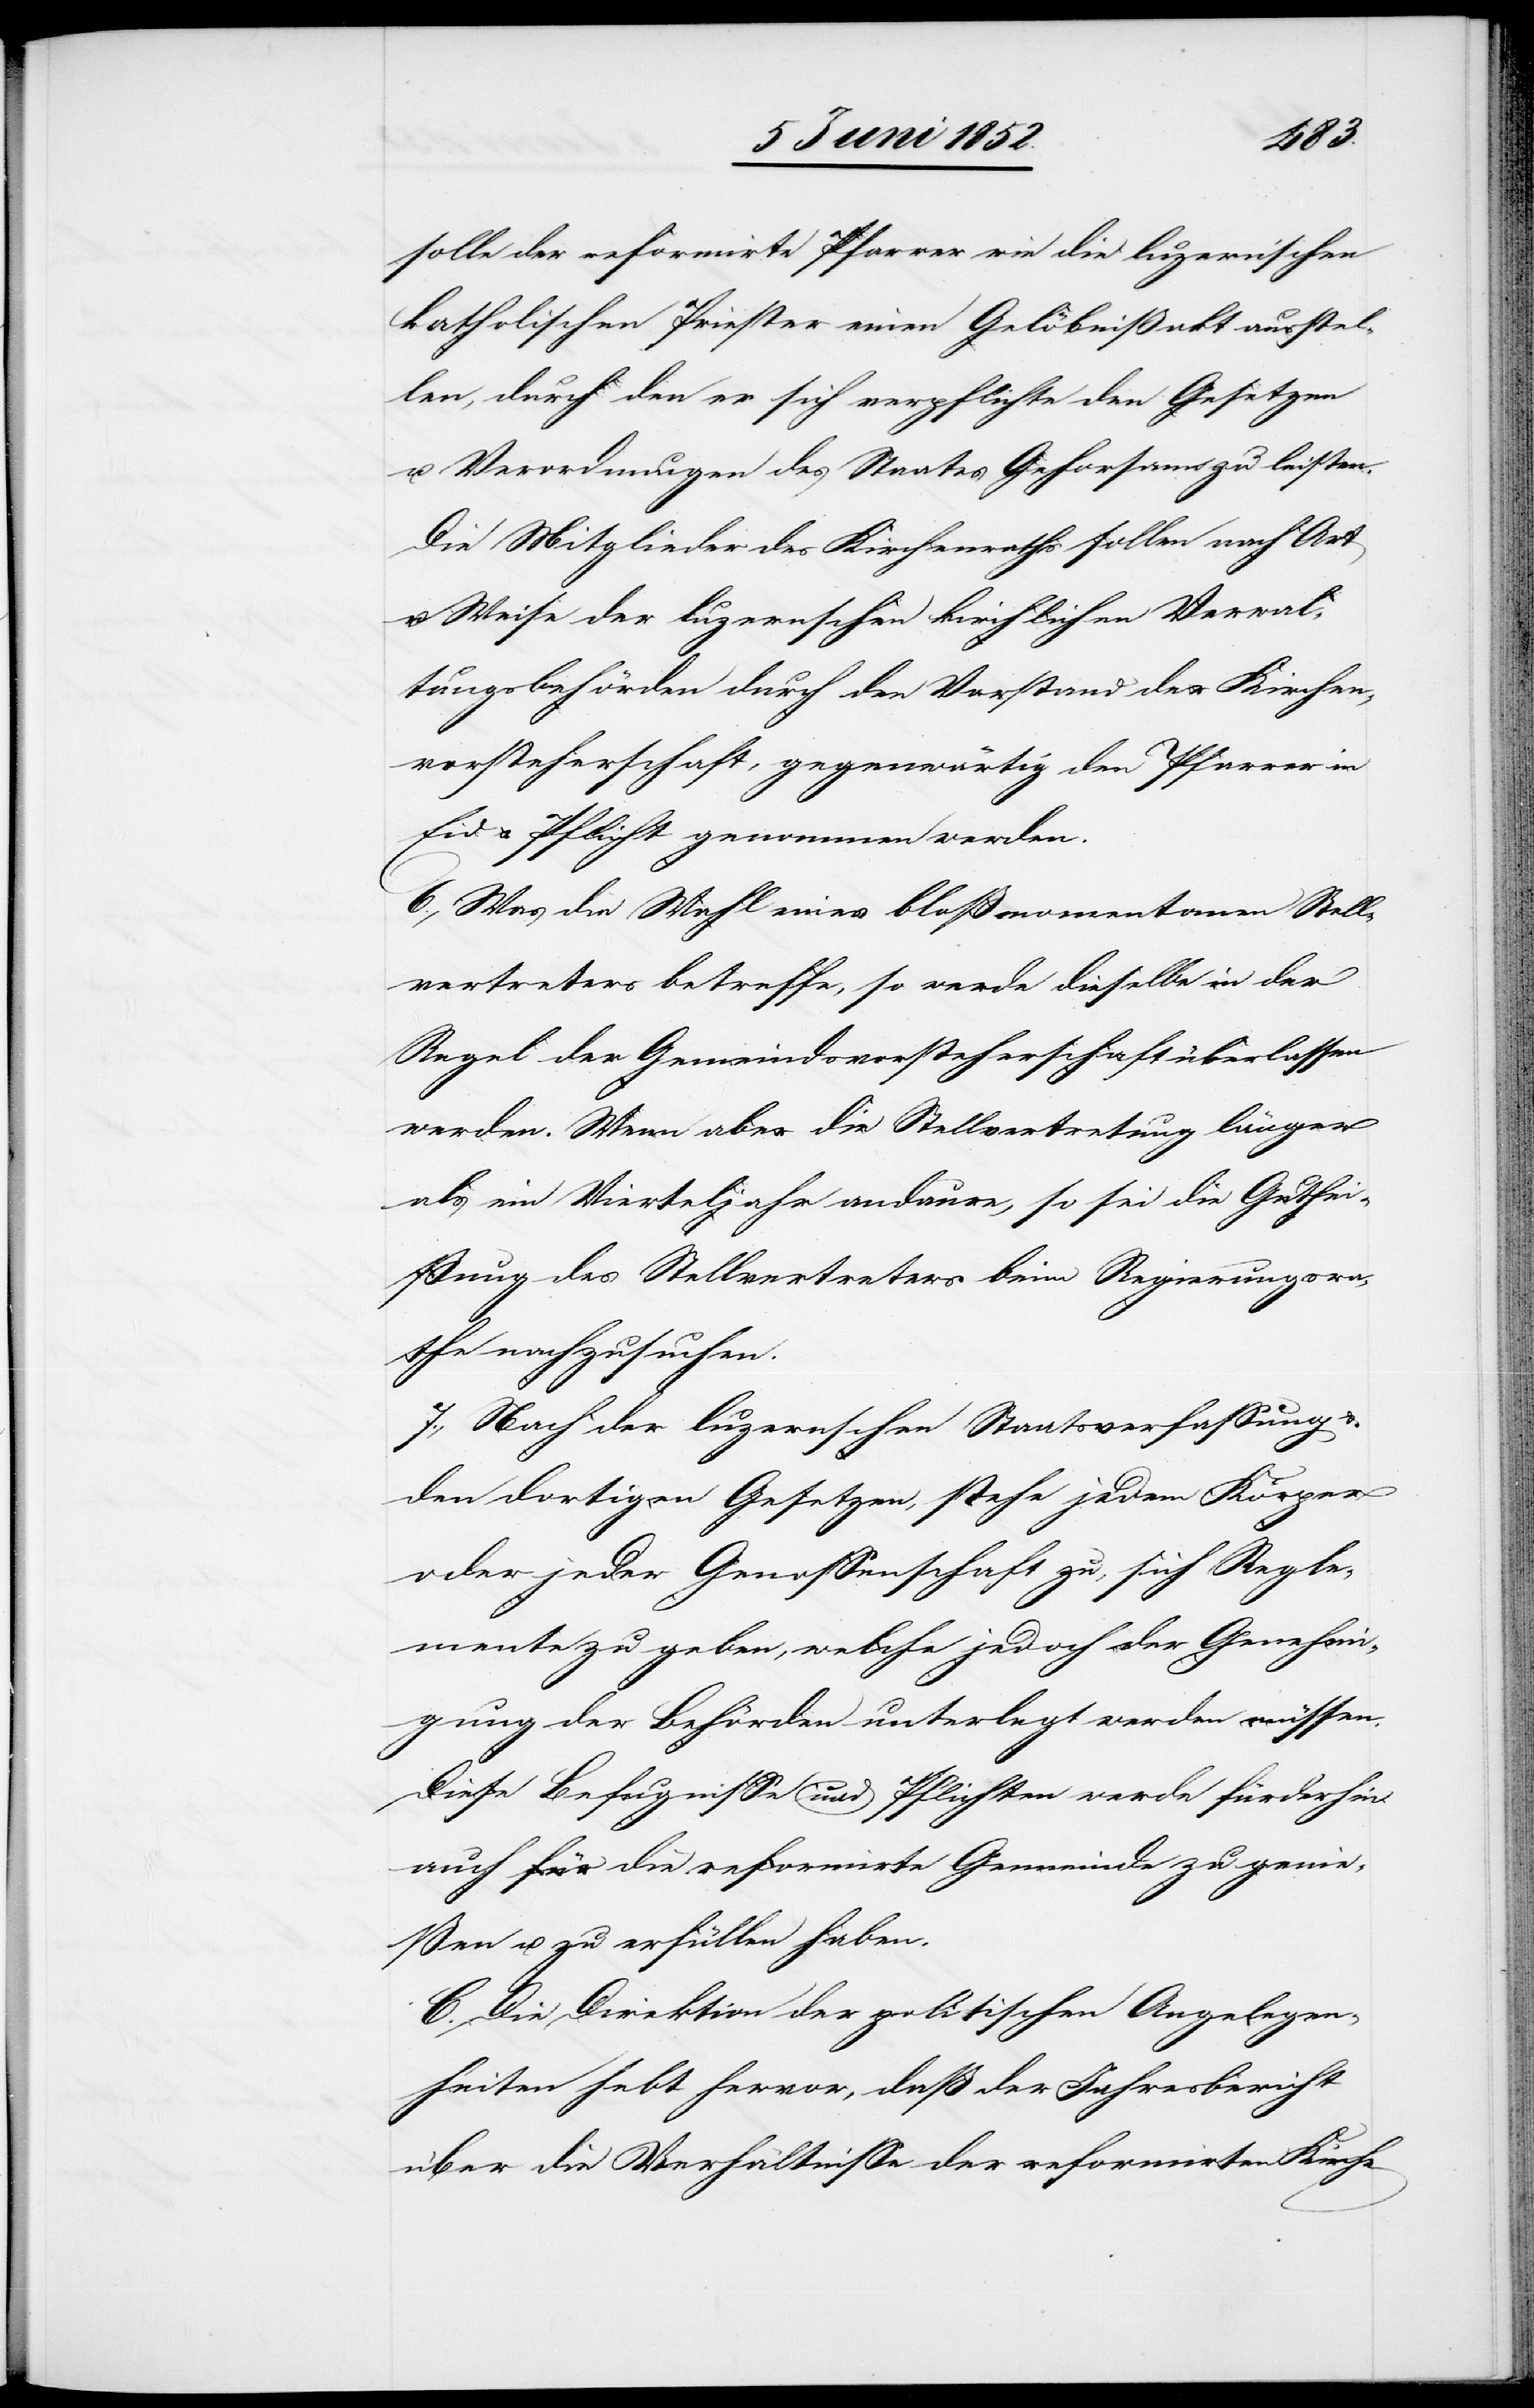
solle der reformirte Pfarrer wie die luzernischen
katholischen Priester einen Gelöbnißakt ausstel¬
len, durch den er sich verpflichte den Gesetzen
u. Verordnungen des Staates Gehorsam zu leisten.
Die Mitglieder des Kirchenraths sollen nach Art
u. Weise der luzernschen kirchlichen Verwal¬
tungsbehörden durch den Vorstand der Kirchen¬
vorsteherschaft, gegenwärtig den Pfarrer in
Eid & Pflicht genommen werden.
6., Was die Wahl eines bloß momentanen Stell¬
vertreters betreffe, so werde dieselbe in der
Regel der Gemeindsvorsteherschaft überlassen
werden. Wenn aber die Stellvertretung länger
als ein Vierteljahr andaure, so sei die Guthei¬
ssung des Stellvertreters beim Regierungsra¬
the nachzusuchen.
7., Nach der luzernschen Staatsverfassung &
den dortigen Gesetzen, stehe jedem Körper
oder jeder Genossenschaft zu, sich Regle¬
mente zu geben, welche jedoch der Genehmi¬
gung der Behörden unterlegt werden müssen.
Diese Befugnisse und Pflichten werde fürderhin
auch die reformirte Gemeinde zu genie¬
ßen u. zu erfüllen haben.
C. Die Direktion der politischen Angelegen¬
heiten hebt hervor, daß der Jahresbericht
über die Verhältnisse der refomirten Kirche